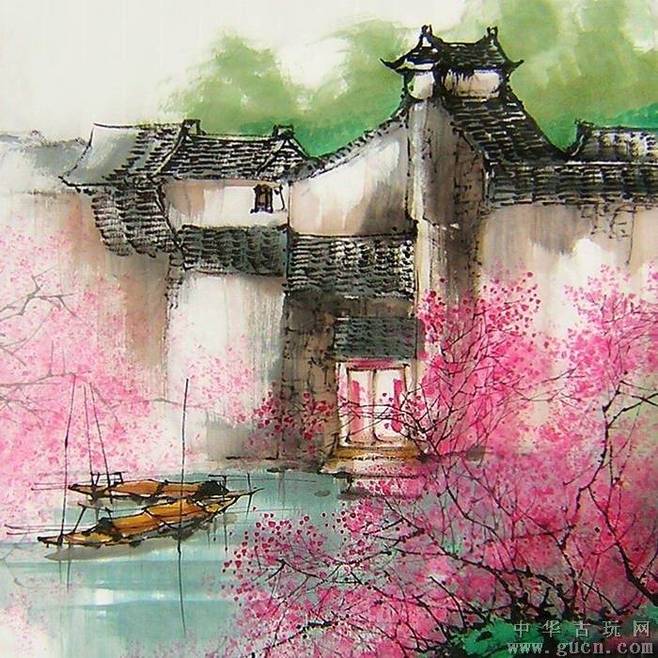
满地残红宫锦污，昨夜南园风雨。